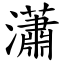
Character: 瀟